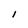
Character: I